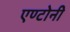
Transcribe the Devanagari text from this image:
एण्टोनी